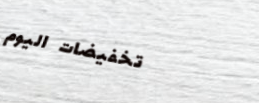
تخفيضات اليوم